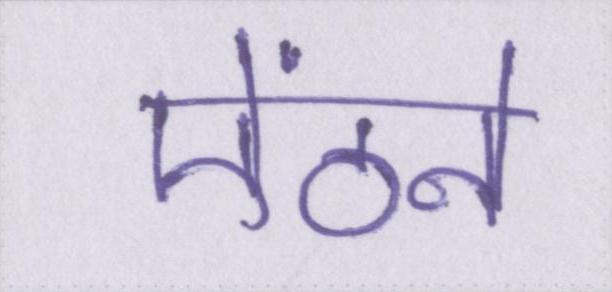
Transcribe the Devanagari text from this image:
ऐंठने